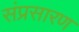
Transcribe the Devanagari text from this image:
संप्रसारण